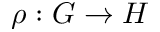
\rho : G \rightarrow H